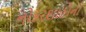
નોકરશાહીની